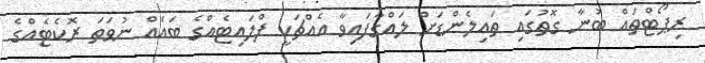
ރިޕޯޓްތައް ބުނާ ގޮތުގައި ތައިލެންޑަށް ލައްގާފައިވާ އެއްޗަކީ ފްލައިޓެއްގެ ބައެއް ނުވަތަ ރޮކެޓެއްގެ